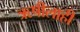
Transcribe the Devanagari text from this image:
ऋषीलाही